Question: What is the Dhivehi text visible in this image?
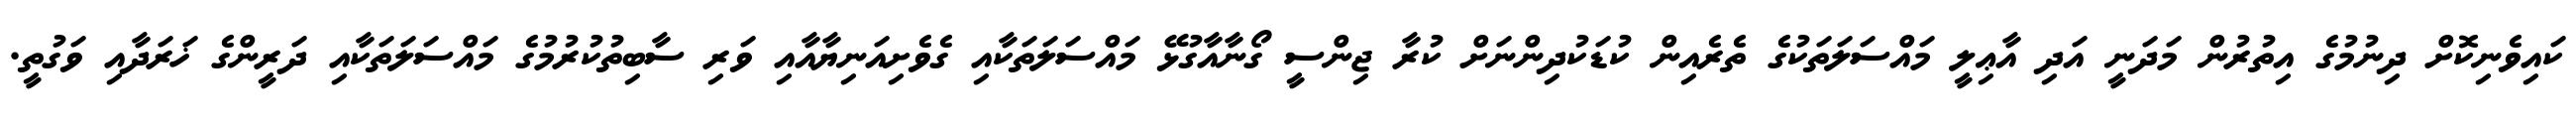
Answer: ކައިވެނިކޮށް ދިނުމުގެ އިތުރުން މަދަނީ އަދި އާޢިލީ މައްސަލަތަކުގެ ތެރެއިން ކުޑަކުދިންނަށް ކުރާ ޖިންސީ ގޯނާއާގުޅޭ މައްސަލަތަކާއި ގެވެށިއަނިޔާއާއި ވަރި ސާބިތުކުރުމުގެ މައްސަލަތަކާއި ދަރީންގެ ޚަރަދާއި ވަގުތީ.